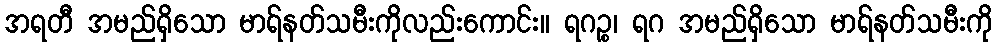
အရတီ အမည်ရှိသော မာရ်နတ်သမီးကိုလည်းကောင်း။ ရဂဉ္စ၊ ရဂ အမည်ရှိသော မာရ်နတ်သမီးကို